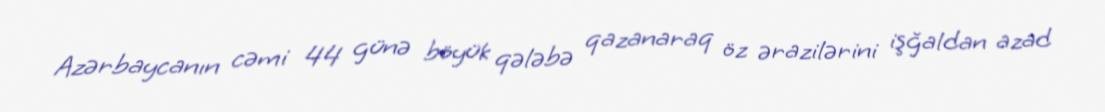
Azərbaycanın cəmi 44 günə böyük qələbə qazanaraq öz ərazilərini işğaldan azad